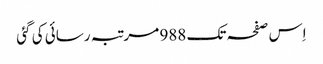
اِس صفحہ تک 988 مرتبہ رسائی کی گئی